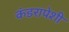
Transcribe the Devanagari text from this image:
कंडरापेशी